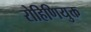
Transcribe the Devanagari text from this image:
रोहिणियुक्त